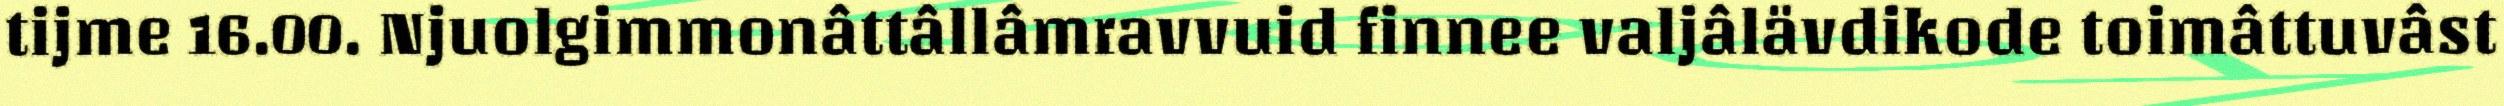
tijme 16.00. Njuolgimmonâttâllâmravvuid finnee valjâlävdikode toimâttuvâst